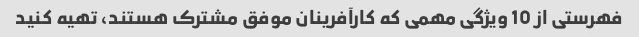
فهرستی از 10 ویژگی مهمی که کارآفرینان موفق مشترک هستند، تهیه کنید